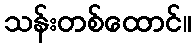
သန်းတစ်ထောင်။